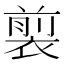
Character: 𧛯